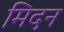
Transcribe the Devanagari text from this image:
मिदन